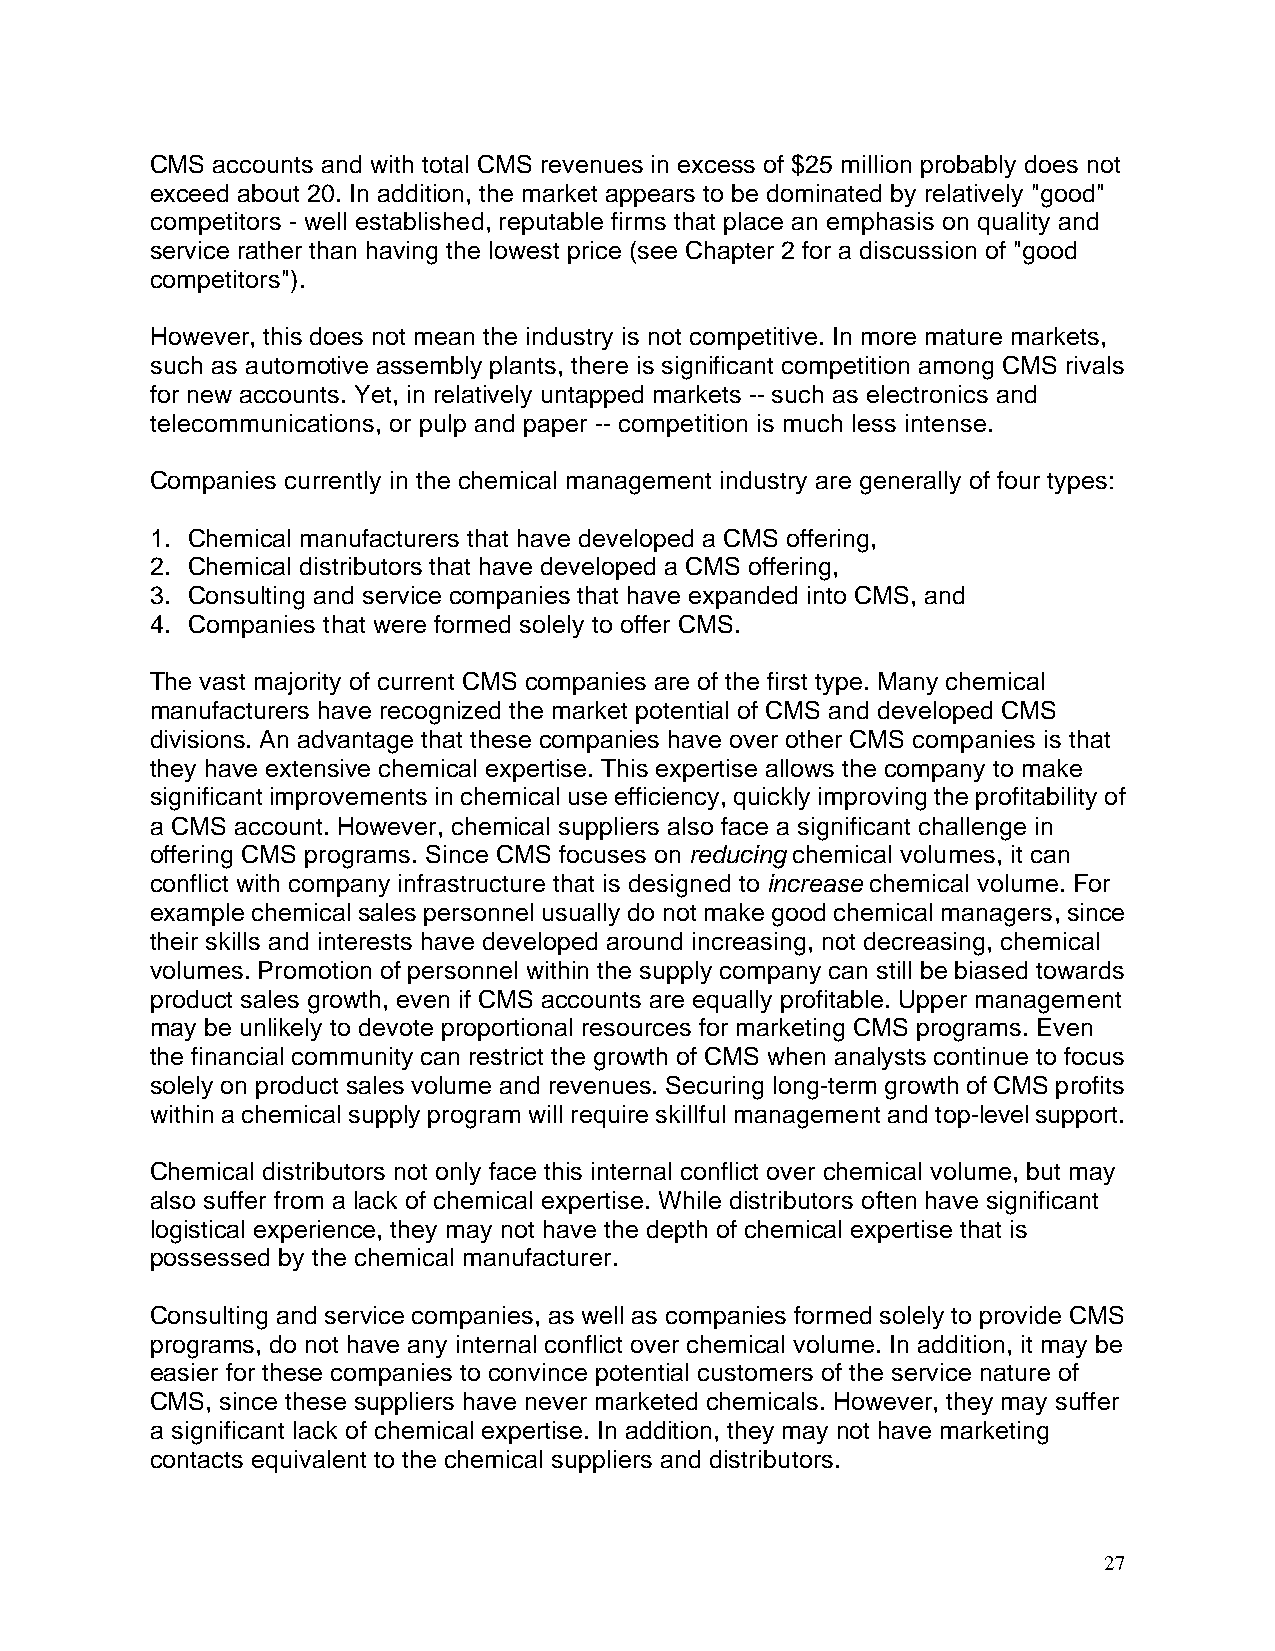
CMS accounts and with total CMS revenues in excess of $25 million probably does not
 exceed about 20. In addition, the market appears to be dominated by relatively "good"
 competitors - well established, reputable firms that place an emphasis on quality and
 service rather than having the lowest price (see Chapter 2 for a discussion of "good
 competitors").
 However, this does not mean the industry is not competitive. In more mature markets,
 such as automotive assembly plants, there is significant competition among CMS rivals
 for new accounts. Yet, in relatively untapped markets -- such as electronics and
 telecommunications, or pulp and paper -- competition is much less intense.
 Companies currently in the chemical management industry are generally of four types:
 1. Chemical manufacturers that have developed a CMS offering,
 2. Chemical distributors that have developed a CMS offering,
 3. Consulting and service companies that have expanded into CMS, and
 4. Companies that were formed solely to offer CMS.
 The vast majority of current CMS companies are of the first type. Many chemical
 manufacturers have recognized the market potential of CMS and developed CMS
 divisions. An advantage that these companies have over other CMS companies is that
 they have extensive chemical expertise. This expertise allows the company to make
 significant improvements in chemical use efficiency, quickly improving the profitability of
 a CMS account. However, chemical suppliers also face a significant challenge in
 offering CMS programs. Since CMS focuses on reducing chemical volumes, it can
 conflict with company infrastructure that is designed to increase chemical volume. For
 example chemical sales personnel usually do not make good chemical managers, since
 their skills and interests have developed around increasing, not decreasing, chemical
 volumes. Promotion of personnel within the supply company can still be biased towards
 product sales growth, even if CMS accounts are equally profitable. Upper management
 may be unlikely to devote proportional resources for marketing CMS programs. Even
 the financial community can restrict the growth of CMS when analysts continue to focus
 solely on product sales volume and revenues. Securing long-term growth of CMS profits
 within a chemical supply program will require skillful management and top-level support.
 Chemical distributors not only face this internal conflict over chemical volume, but may
 also suffer from a lack of chemical expertise. While distributors often have significant
 logistical experience, they may not have the depth of chemical expertise that is
 possessed by the chemical manufacturer.
 Consulting and service companies, as well as companies formed solely to provide CMS
 programs, do not have any internal conflict over chemical volume. In addition, it may be
 easier for these companies to convince potential customers of the service nature of
 CMS, since these suppliers have never marketed chemicals. However, they may suffer
 a significant lack of chemical expertise. In addition, they may not have marketing
 contacts equivalent to the chemical suppliers and distributors.
 27